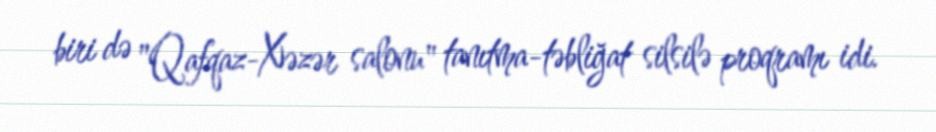
biri də "Qafqaz-Xəzər salonu" tanıtma-təbliğat silsilə proqramı idi.